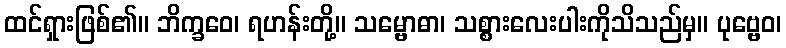
ထင်ရှားဖြစ်၏။ ဘိက္ခဝေ၊ ရဟန်းတို့။ သမ္ဗောဓာ၊ သစ္စားလေးပါးကိုသိသည်မှ။ ပုဗ္ဗေဝ၊